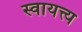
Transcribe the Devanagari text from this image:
स्वायत्त्य